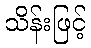
သိန်းဖြင့်